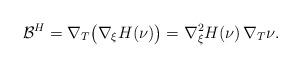
LaTeX: \begin{align*} \mathcal{B}^H=\nabla_T \big(\nabla_\xi H(\nu)\big)=\nabla_\xi^2 H(\nu)\,\nabla_T \nu.\end{align*}